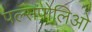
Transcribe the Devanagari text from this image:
पल्सपोलिओ